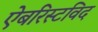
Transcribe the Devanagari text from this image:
ऐबरिस्टविद